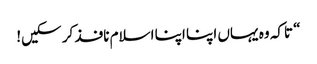
“ تاکہ وہ یہاں اپنا اپنا اسلام نافذ کر سکیں!